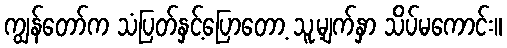
ကျွန်တော်က သံပြတ်နှင့်ပြောတော့ သူ့မျက်နှာ သိပ်မကောင်း။